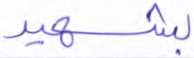
بشهيد